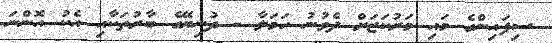
ސިފައިންގެ މައި މަރުކަޒަށް ދެވުނު ހަމަލާ - ދުނިޔޭގެ ބާރުތަކާއި އެކު އޮންނަ